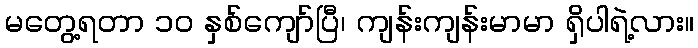
မတွေ့ရတာ ၁၀ နှစ်ကျော်ပြီ၊ ကျန်းကျန်းမာမာ ရှိပါရဲ့လား။